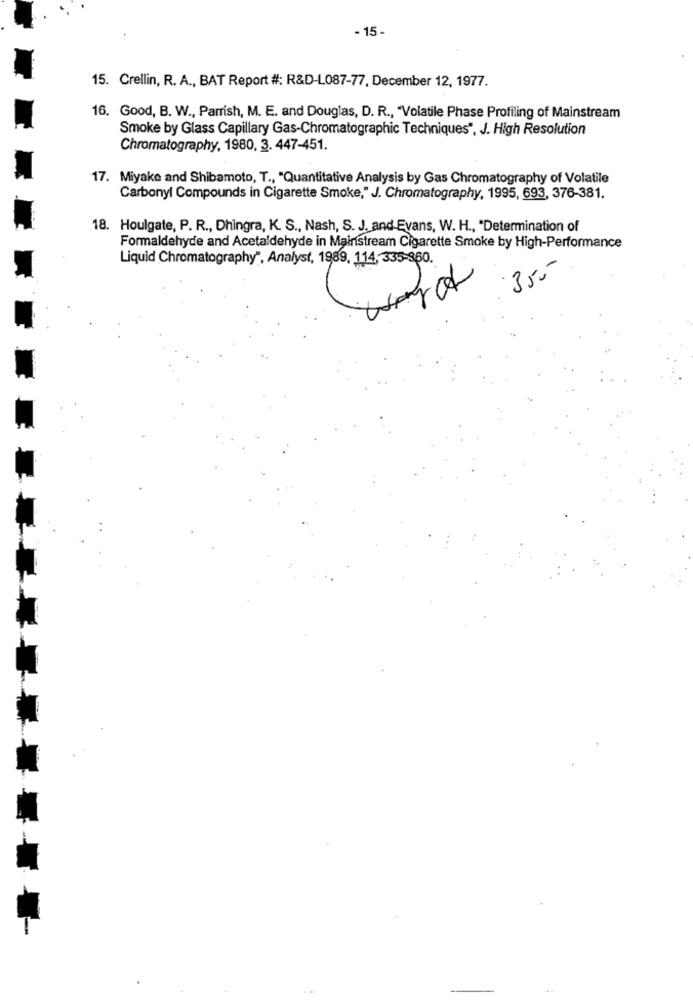
- 15 -
15. Crellin, R. A ., BAT Report #: R&D-L087-77, December 12, 1977.
16. Good, B. W ., Parrish, M. E. and Douglas, D. R ., "Volatile Phase Profiling of Mainstream
Smoke by Glass Capillary Gas-Chromatographic Techniques", J. High Resolution
Chromatography, 1980, 3. 447-451.
17. Miyake and Shibamoto, T ., "Quantitative Analysis by Gas Chromatography of Volatile
Carbonyl Compounds in Cigarette Smoke," J. Chromatography, 1995, 693, 376-381.
18. Houlgate, P. R ., Dhingra, K. S ., Nash, S. J. and Evans, W. H ., "Determination of
Formaldehyde and Acetaldehyde in Mainstream Cigarette Smoke by High-Performance
Liquid Chromatography", Analyst, 1989, 114 ,- 335-860.
350